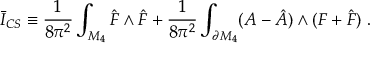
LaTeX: \bar { I } _ { C S } \equiv \frac { 1 } { 8 \pi ^ { 2 } } \int _ { { \cal M } _ { 4 } } \hat { F } \wedge \hat { F } + \frac { 1 } { 8 \pi ^ { 2 } } \int _ { \partial { \cal M } _ { 4 } } ( A - \hat { A } ) \wedge ( F + \hat { F } ) \; .